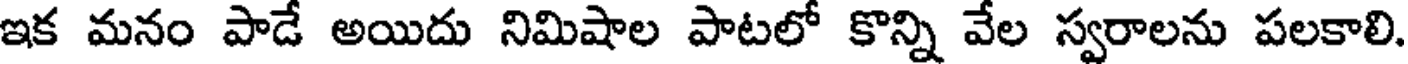
ఇక మనం పాడే అయిదు నిమిషాల పాటలో కొన్ని వేల స్వరాలను పలకాలి.